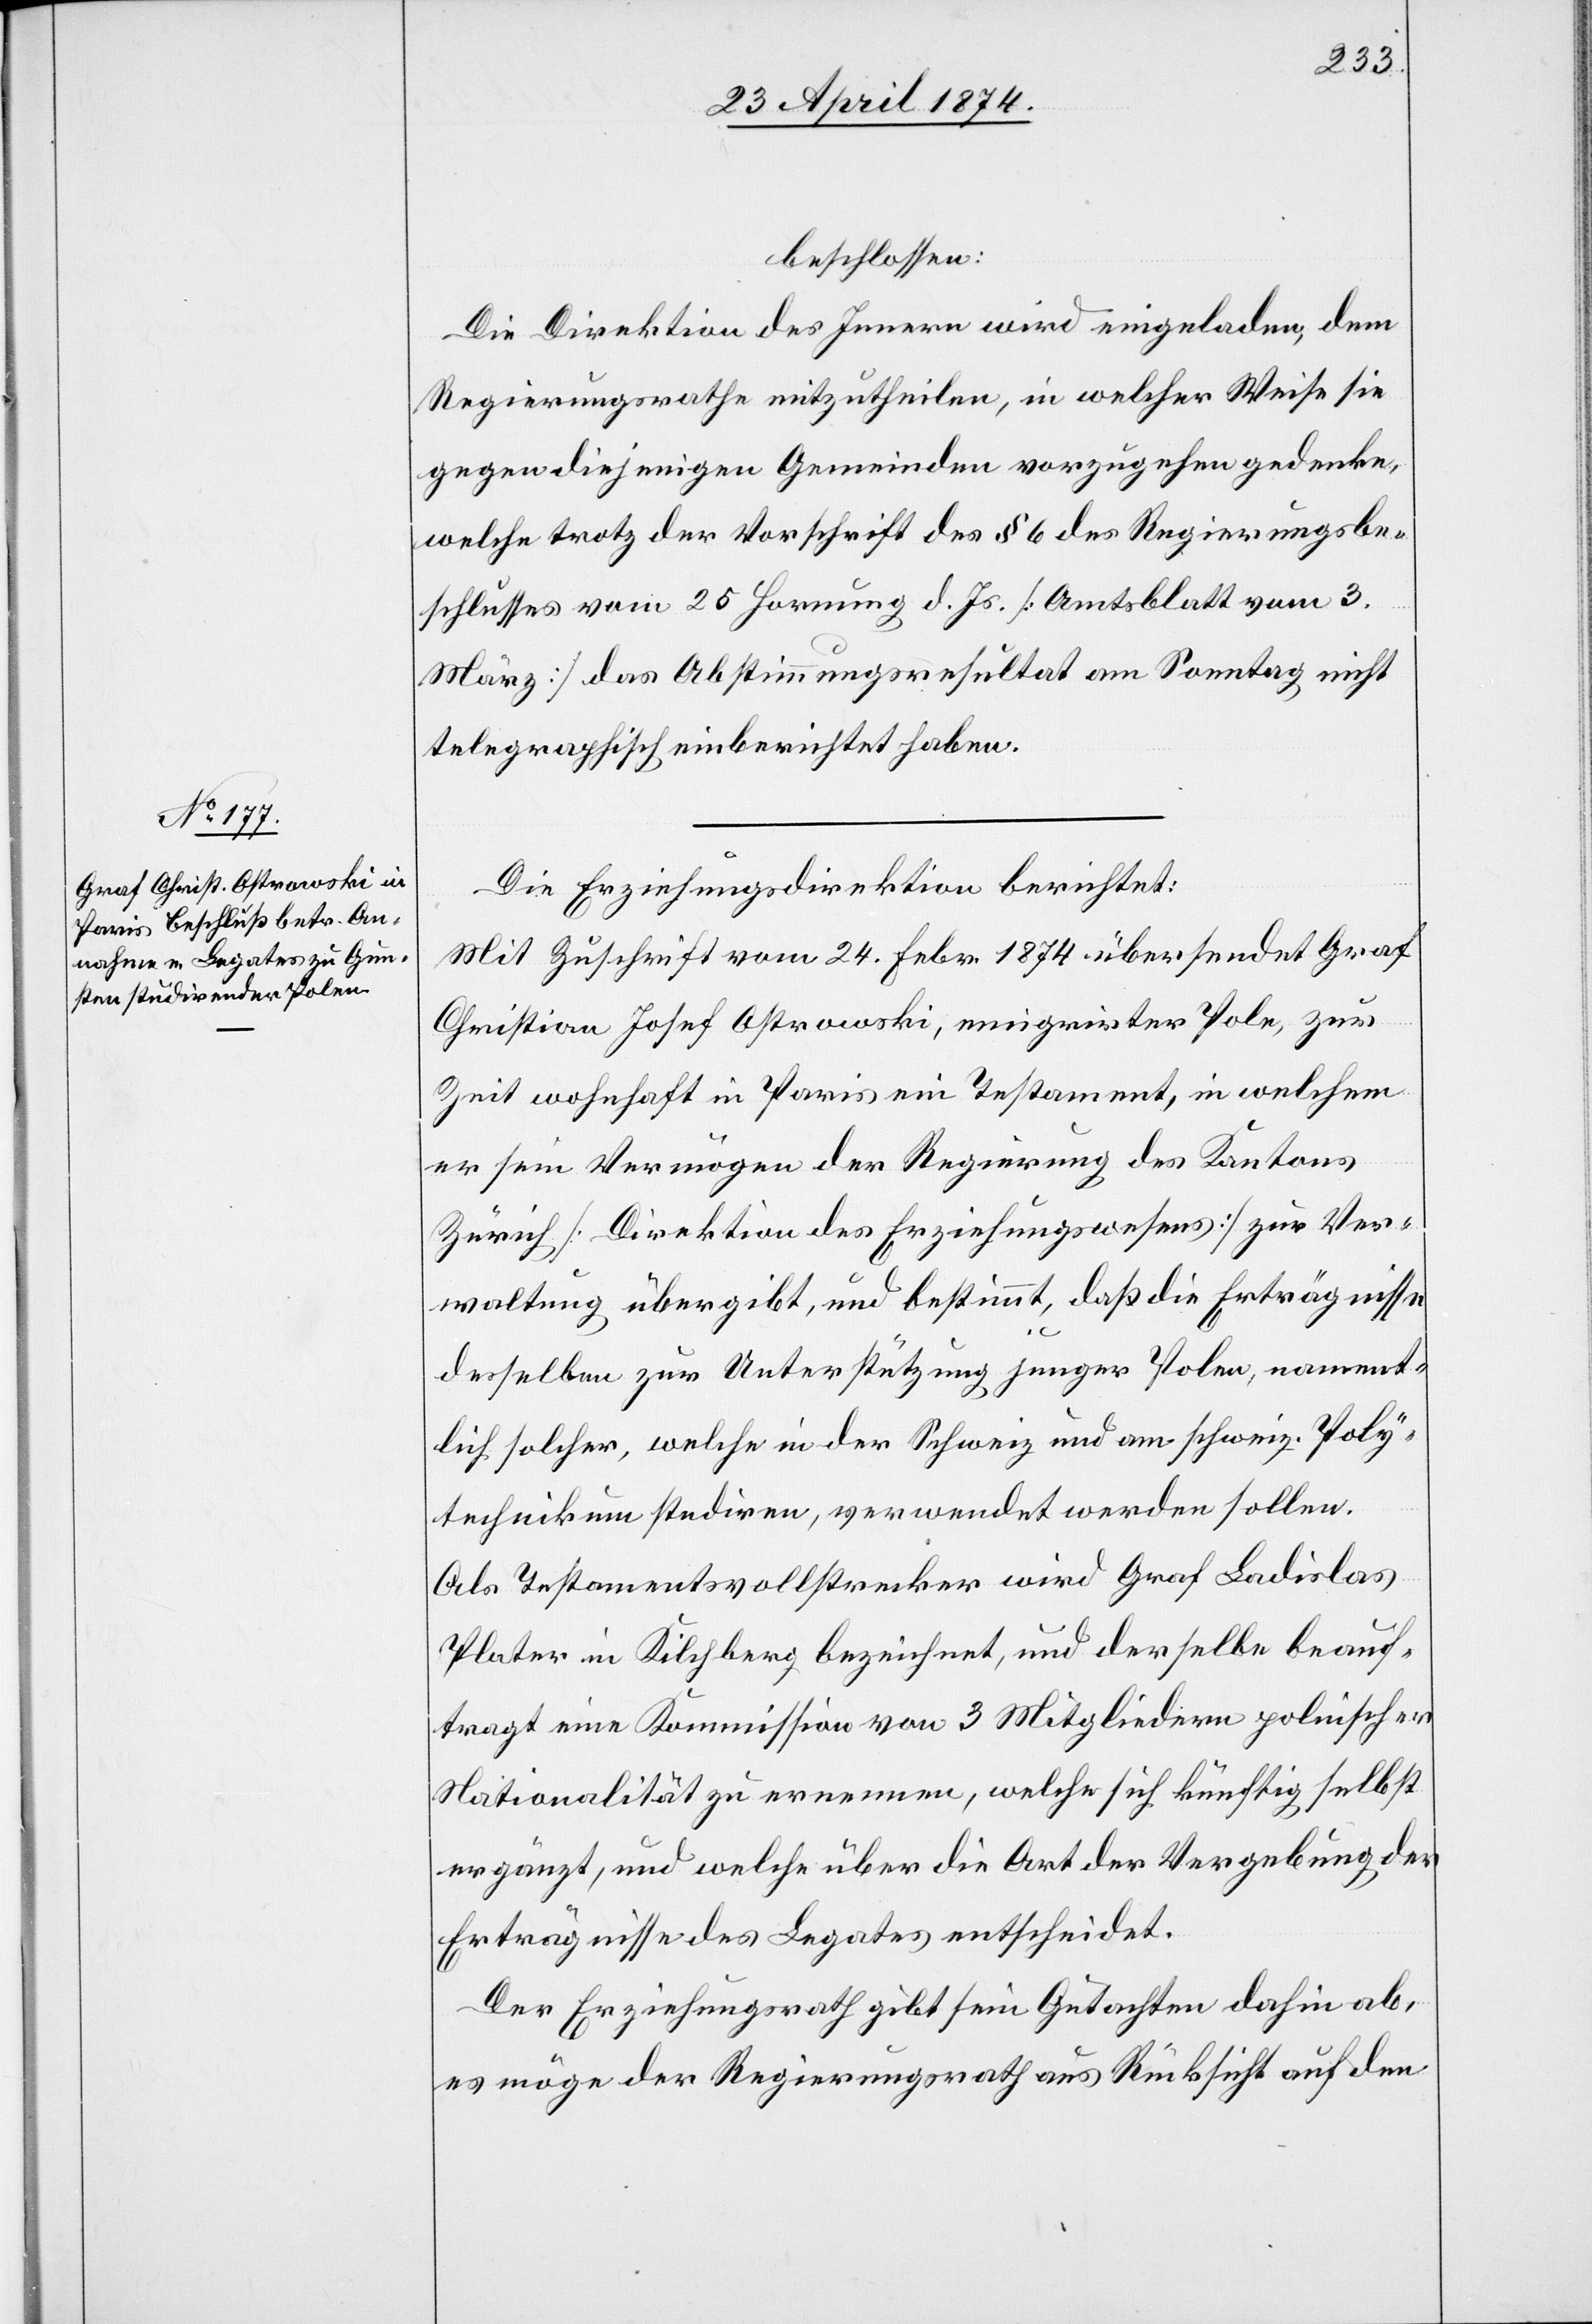
beschlossen:
Die Direktion des Innern wird eingeladen, dem
Regierungsrathe mitzutheilen, in welcher Weise diese
gegen diejenigen Gemeinden vorzugehen gedenke,
welche trotz der Vorschrift des § 6 des Regierungsbe¬
schlusses vom 25. Hornung d. Js. [Amtsblatt vom 3.
März] das Abstimmungsresultat am Sonntag nicht
telegraphisch einberichtet haben.
Die Erziehungsdirektion berichtet:
Mit Zuschrift vom 24. Febr. 1874 übersendet Graf
Christian Josef Ostrowski, eingereister Pole, zur
Zeit wohnhaft in Paris ein Testament, in welchem
er sein Vermögen der Regierung des Kantons
Zürich [Direktion des Erziehungswesens] zur Ver¬
waltung übergibt, und bestimmt, daß die Erträgnisse
desselben zur Unterstützung junger Polen, nament¬
lich solcher, welche in der Schweiz und am schweiz. Poly¬
technikum studiren, verwendet werden sollen.
Als Testamentsvollstrecker wird Graf Ladislas
Plater in Kilchberg bezeichnet, und derselbe beauf¬
tragt eine Kommission von 3 Mitgliedern polnischer
Nationalität zu erneuern, welche sich künftig selbst
ergänzt, und welche über die Art der Vergebung der
Erträgnisse des Legates entscheidet.
Der Erziehungsrath gibt sein Gutachten dahin ab,
es möge der Regierungsrath aus Rücksicht auf den